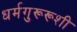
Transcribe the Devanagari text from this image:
धर्मगुरूरूशी